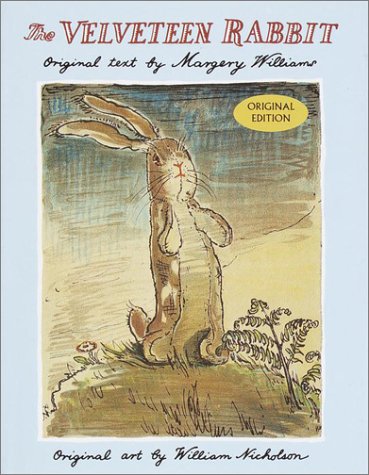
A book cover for The Velveteen Rabbit; Margery Williams; Literature & Fiction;